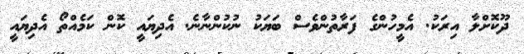
ދޫކޮށްލާ އިރަކު. އެމީހުންގެ ފަރާތުންވެސް ބަޔަކު ނުކުންނާނެ. އެދިޔައީ ކޮން ކަމެއްތޯ އެދިޔައީ